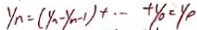
y _ { n } = ( y _ { n } - y _ { n } - 1 ) + \cdots + y _ { 0 } = y _ { 0 }